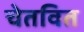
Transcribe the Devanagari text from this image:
चेतवित